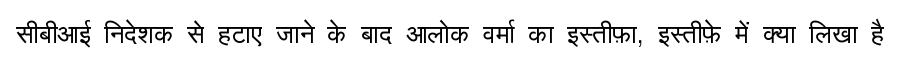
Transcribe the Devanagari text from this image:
सीबीआई निदेशक से हटाए जाने के बाद आलोक वर्मा का इस्तीफ़ा, इस्तीफ़े में क्या लिखा है